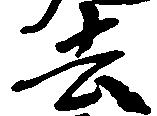
去